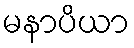
မနာပိယာ